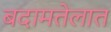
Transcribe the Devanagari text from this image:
बदामतेलात